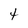
Character: t